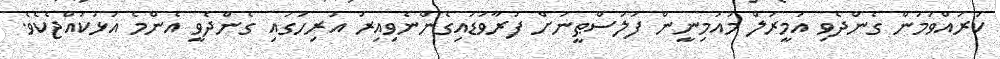
ކުރައްވަމުން ގެންދެވި އަމީރުލް މުއުމިނީން ފަލަސްޠީނަށް ފުރާވަޑައިގެންނެވިއިރު އަރިހުގައި ގެންދެވީ އެންމެ އަޅުކުއްޖެކެވެ.